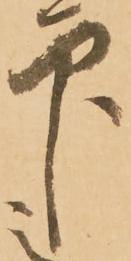
印